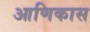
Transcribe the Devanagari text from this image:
आणिकास